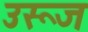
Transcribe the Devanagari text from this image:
उरूज